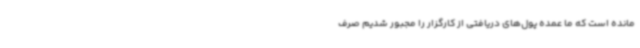
مانده است که ما عمده پول‌های دریافتی از کارگزار را مجبور شدیم صرف